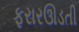
ફરારઊડતી